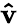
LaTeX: \mathbf{\hat{v}}